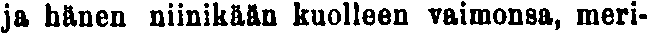
ja hänen niinikään kuolleen vaimonsa, meri-